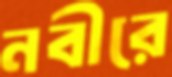
নবীরে